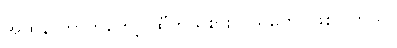
အထိနာတာကတော့ ထီကိုယ်စားလှယ်တွေပဲဖြစ်ပါတယ်။